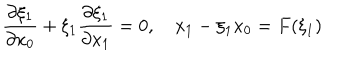
\frac { \partial \xi _ { 1 } } { \partial x _ { 0 } } + \xi _ { 1 } \frac { \partial \xi _ { 1 } } { \partial x _ { 1 } } = 0 , \quad x _ { 1 } - \xi _ { 1 } x _ { 0 } = F ( \xi _ { 1 } )